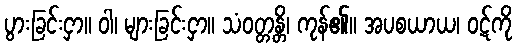
ပွားခြင်းငှာ။ ဝါ၊ များခြင်းငှာ။ သံဝတ္တန္တိ၊ ကုန်၏။ အပစယာယ၊ ဝဋ်ကို